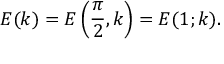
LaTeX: E ( k ) = E \left( { \frac { \pi } { 2 } } , k \right) = E ( 1 ; k ) .